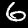
Digit: 6